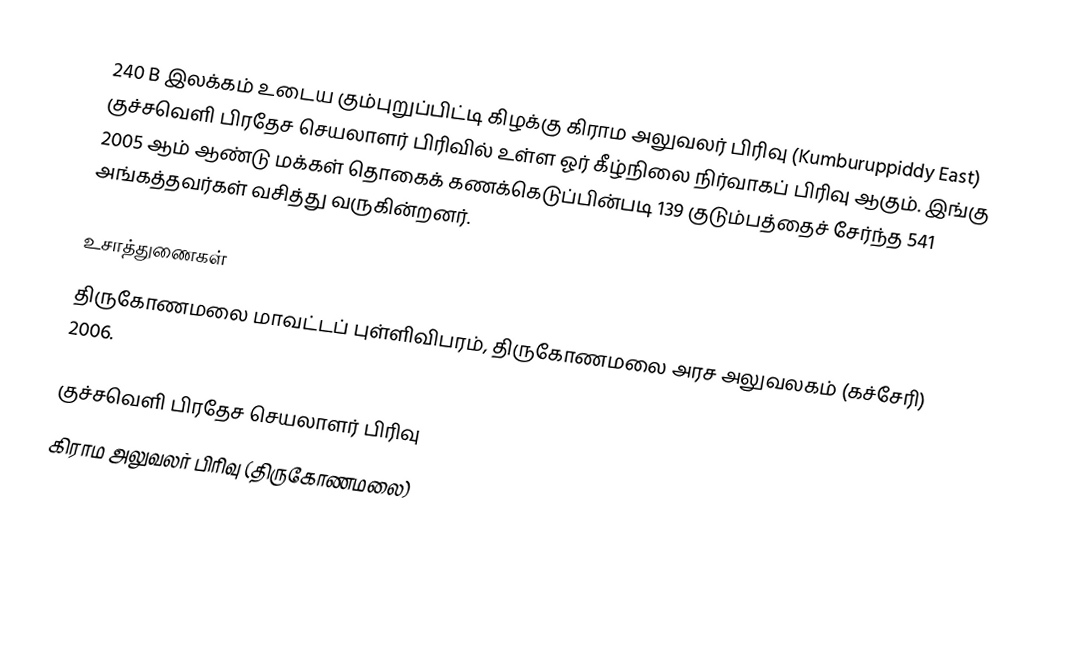
240 B இலக்கம்  உடைய கும்புறுப்பிட்டி கிழக்கு கிராம அலுவலர் பிரிவு  (Kumburuppiddy East) குச்சவெளி பிரதேச செயலாளர் பிரிவில் உள்ள ஓர் கீழ்நிலை நிர்வாகப் பிரிவு ஆகும். இங்கு 2005 ஆம் ஆண்டு மக்கள் தொகைக் கணக்கெடுப்பின்படி 139 குடும்பத்தைச் சேர்ந்த 541 அங்கத்தவர்கள் வசித்து வருகின்றனர்.

உசாத்துணைகள்
திருகோணமலை மாவட்டப் புள்ளிவிபரம்,  திருகோணமலை அரச அலுவலகம் (கச்சேரி) 2006.

குச்சவெளி பிரதேச செயலாளர் பிரிவு
கிராம அலுவலர் பிரிவு (திருகோணமலை)